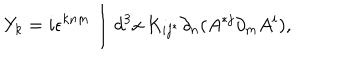
LaTeX: Y _ { k } = i \epsilon ^ { k n m } \int d ^ { 3 } x \, K _ { i j ^ { * } } \partial _ { n } ( A ^ { * j } \partial _ { m } A ^ { i } ) ,